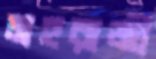
মহরাজ্ঞী